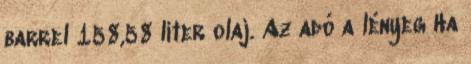
barrel 158,58 liter olaj. Az adó a lényeg Ha